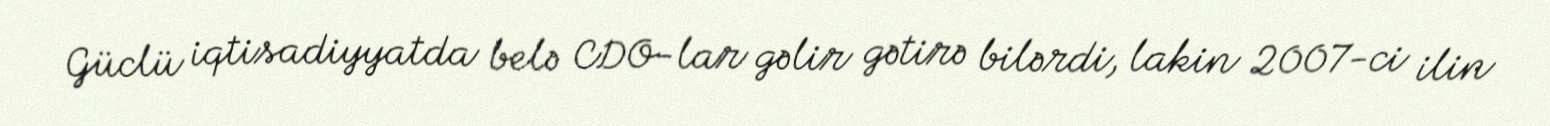
Güclü iqtisadiyyatda belə CDO-lar gəlir gətirə bilərdi, lakin 2007-ci ilin